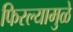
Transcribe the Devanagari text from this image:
फिरल्यामुळे